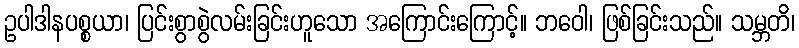
ဥပါဒါနပစ္စယာ၊ ပြင်းစွာစွဲလမ်းခြင်းဟူသော အကြောင်းကြောင့်။ ဘဝေါ၊ ဖြစ်ခြင်းသည်။ သမ္ဘတိ၊